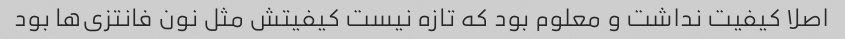
اصلا کیفیت نداشت و معلوم بود که تازه نیست کیفیتش مثل نون فانتزی‌ها بود